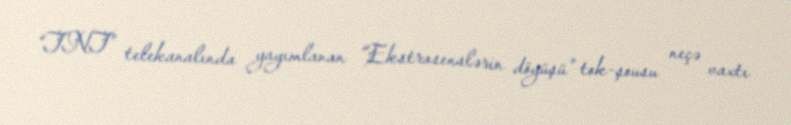
“TNT” telekanalında yayımlanan “Ekstrasenslərin döyüşü” tok-şousu neçə vaxtı